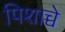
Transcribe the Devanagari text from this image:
पिशाच्चे